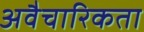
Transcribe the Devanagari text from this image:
अवैचारिकता